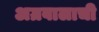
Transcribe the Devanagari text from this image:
अग्रवालाची